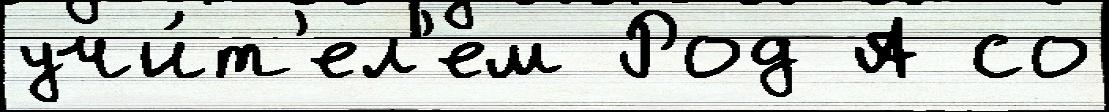
учи́т'ел'ем Род А со